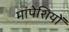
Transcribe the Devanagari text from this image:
मांपेशियों